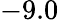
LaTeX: -9.0